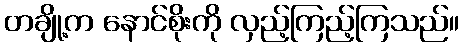
တချို့က နောင်စိုးကို လှည့်ကြည့်ကြသည်။